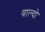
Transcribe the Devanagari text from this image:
वाल्दो